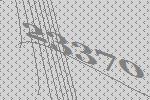
23370